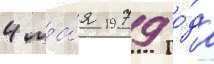
4 ма́я 1979 го́да